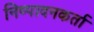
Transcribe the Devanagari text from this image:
निष्‍पादनकर्ता